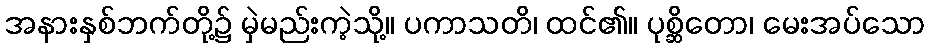
အနားနှစ်ဘက်တို့၌ မှဲမည်းကဲ့သို့။ ပကာသတိ၊ ထင်၏။ ပုစ္ဆိတော၊ မေးအပ်သော